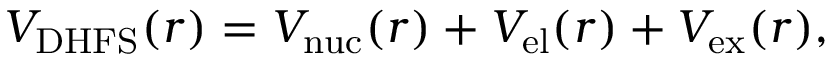
V _ { \mathrm { D H F S } } ( r ) = V _ { \mathrm { n u c } } ( r ) + V _ { \mathrm { e l } } ( r ) + V _ { \mathrm { e x } } ( r ) ,